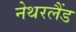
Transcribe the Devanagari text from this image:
नेथरलैंड